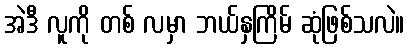
အဲဒီ လူကို တစ် လမှာ ဘယ်နှကြိမ် ဆုံဖြစ်သလဲ။